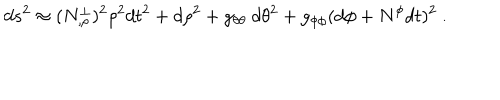
d s ^ { 2 } \approx ( N _ { , \rho } ^ { \perp } ) ^ { 2 } \rho ^ { 2 } d t ^ { 2 } + d \rho ^ { 2 } + g _ { \theta \theta } \ d \theta ^ { 2 } + g _ { \phi \phi } ( d \phi + N ^ { \phi } d t ) ^ { 2 } \ .